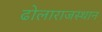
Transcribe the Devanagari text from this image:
ढोलाराजस्थान